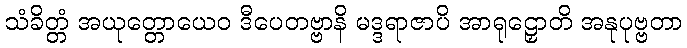
သံခိတ္တံ အယုတ္တောယေဝ ဒီပေတဗ္ဗာနိ မဒ္ဒရာဇာပိ အာရုဠှောတိ အနုပုဗ္ဗတာ